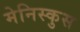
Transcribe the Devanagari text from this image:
मेनिस्कुस